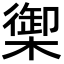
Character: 𬄧